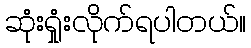
ဆုံးရှုံးလိုက်ရပါတယ်။